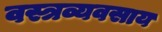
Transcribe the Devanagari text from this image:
वस्त्रव्यवसाय